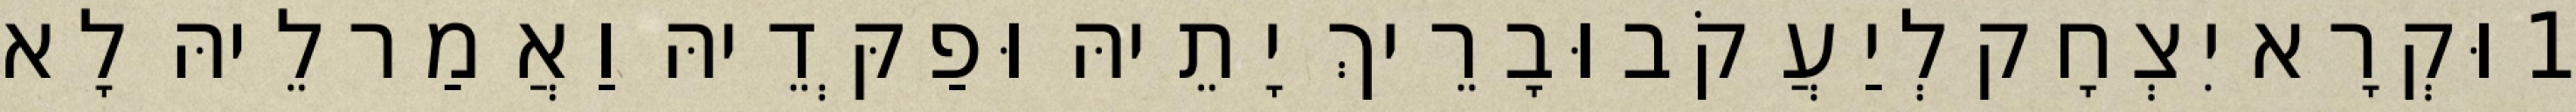
1 וּקְרָא יִצְחָק לְיַעֲקֹב וּבָרֵיךְ יָתֵיהּ וּפַקְּדֵיהּ וַאֲמַר לֵיהּ לָא